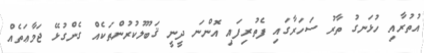
އުތުރާއި ހުޅަނގު ތާރު ސަހަރާގައި ފެތުރިފައި އޮންނަ ދީނީ ޤަބޫލުކުރުންތަކެއް ގެންގުޅޭ ޖަމާޢަތެއް